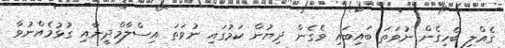
ގެއްލި ބެހިގެން ނުވަތަ ބައިބައި ވެގެން ދިޔުން ކަމުގައި ނުވަތަ އިސްލާމްދީނާއި ގުޅުމެއްނުވާ